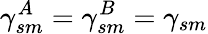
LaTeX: \gamma_{sm}^{A}=\gamma_{sm}^{B}=\gamma_{sm}